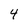
Character: 4